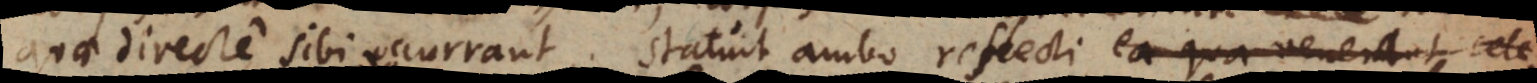
quae directe sibi occurrant. Statuit ambo reflecti qua qu